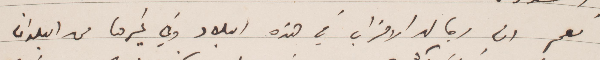
نعم ان رجال الأحزاب في هذه البلاد وفي غيرها من البلدان